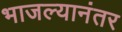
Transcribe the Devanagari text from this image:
भाजल्यानंतर